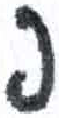
אות: פ